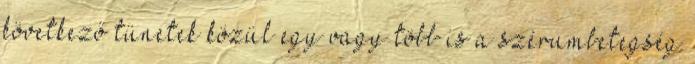
következő tünetek közül egy vagy több is a szérumbetegség